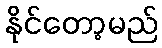
နိုင်တော့မည်